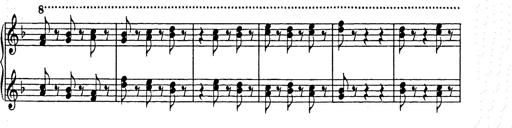
Title: Weihnachtsbaum
Composer: Franz Liszt